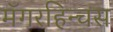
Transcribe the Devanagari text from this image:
मॅगरहिन्चस